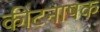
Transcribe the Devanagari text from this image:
कीटनाषक